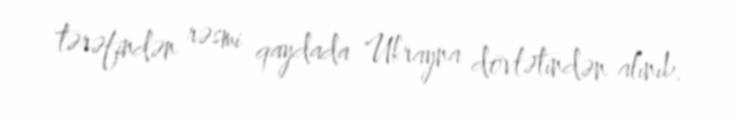
tərəfindən rəsmi qaydada Ukrayna dövlətindən alınıb.